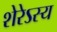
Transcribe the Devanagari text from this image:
शेरेऽस्य